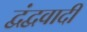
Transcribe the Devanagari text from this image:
द्वंद्ववादी